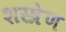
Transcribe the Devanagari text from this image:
शस्त्रेण